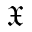
\mathfrak { X }